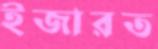
ইজারত